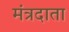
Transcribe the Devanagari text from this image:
मंत्रदाता